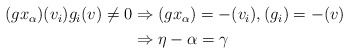
\begin{align*}\begin{aligned}(gx_\alpha)(v_i)g_i(v)\neq0&\Rightarrow (gx_\alpha)=-(v_i), (g_i)=-(v)\\&\Rightarrow\eta-\alpha=\gamma\end{aligned}\end{align*}